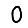
Digit: 0